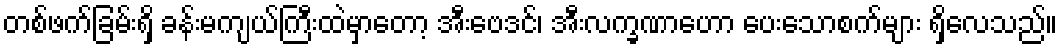
တစ်ဖက်ခြမ်းရှိ ခန်းမကျယ်ကြီးထဲမှာတော့ အီးဗေဒင်၊ အီးလက္ခဏာဟော ပေးသောစက်များ ရှိလေသည်။